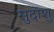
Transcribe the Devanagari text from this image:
सुदांशु